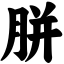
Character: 胼